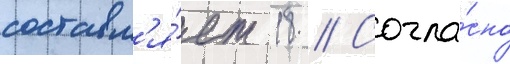
составл'я́ет 18 // Согла́сно